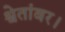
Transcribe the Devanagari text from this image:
श्वेतांबर।